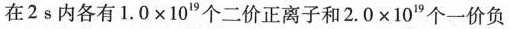
在2s内各有$$1 .0 \times 1 0 ^ { 1 9 }$$个二价正离子和$$2 . 0 \times 1 0 ^ { 1 9 }$$个一价负